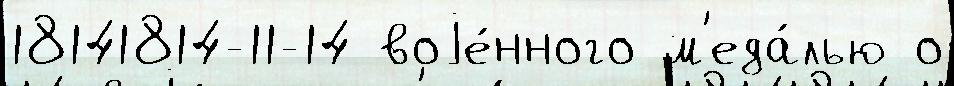
18141814-11-14 воjе́нного м'еда́лью о